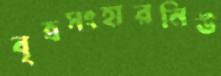
বৃত্রসংহারনিউ